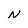
Character: N